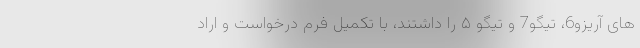
های آریزو6، تیگو7 و تیگو ۵ را داشتند، با تکمیل فرم درخواست و اراد